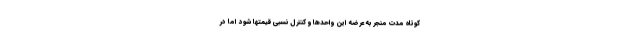
کوتاه مدت منجر به عرضه این واحدها و کنترل نسبی قیمتها شود اما در